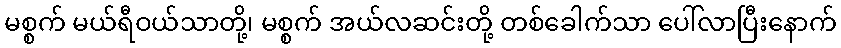
မစ္စက် မယ်ရီဝယ်သာတို့၊ မစ္စက် အယ်လဆင်းတို့ တစ်ခေါက်သာ ပေါ်လာပြီးနောက်